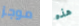
موجز هذه